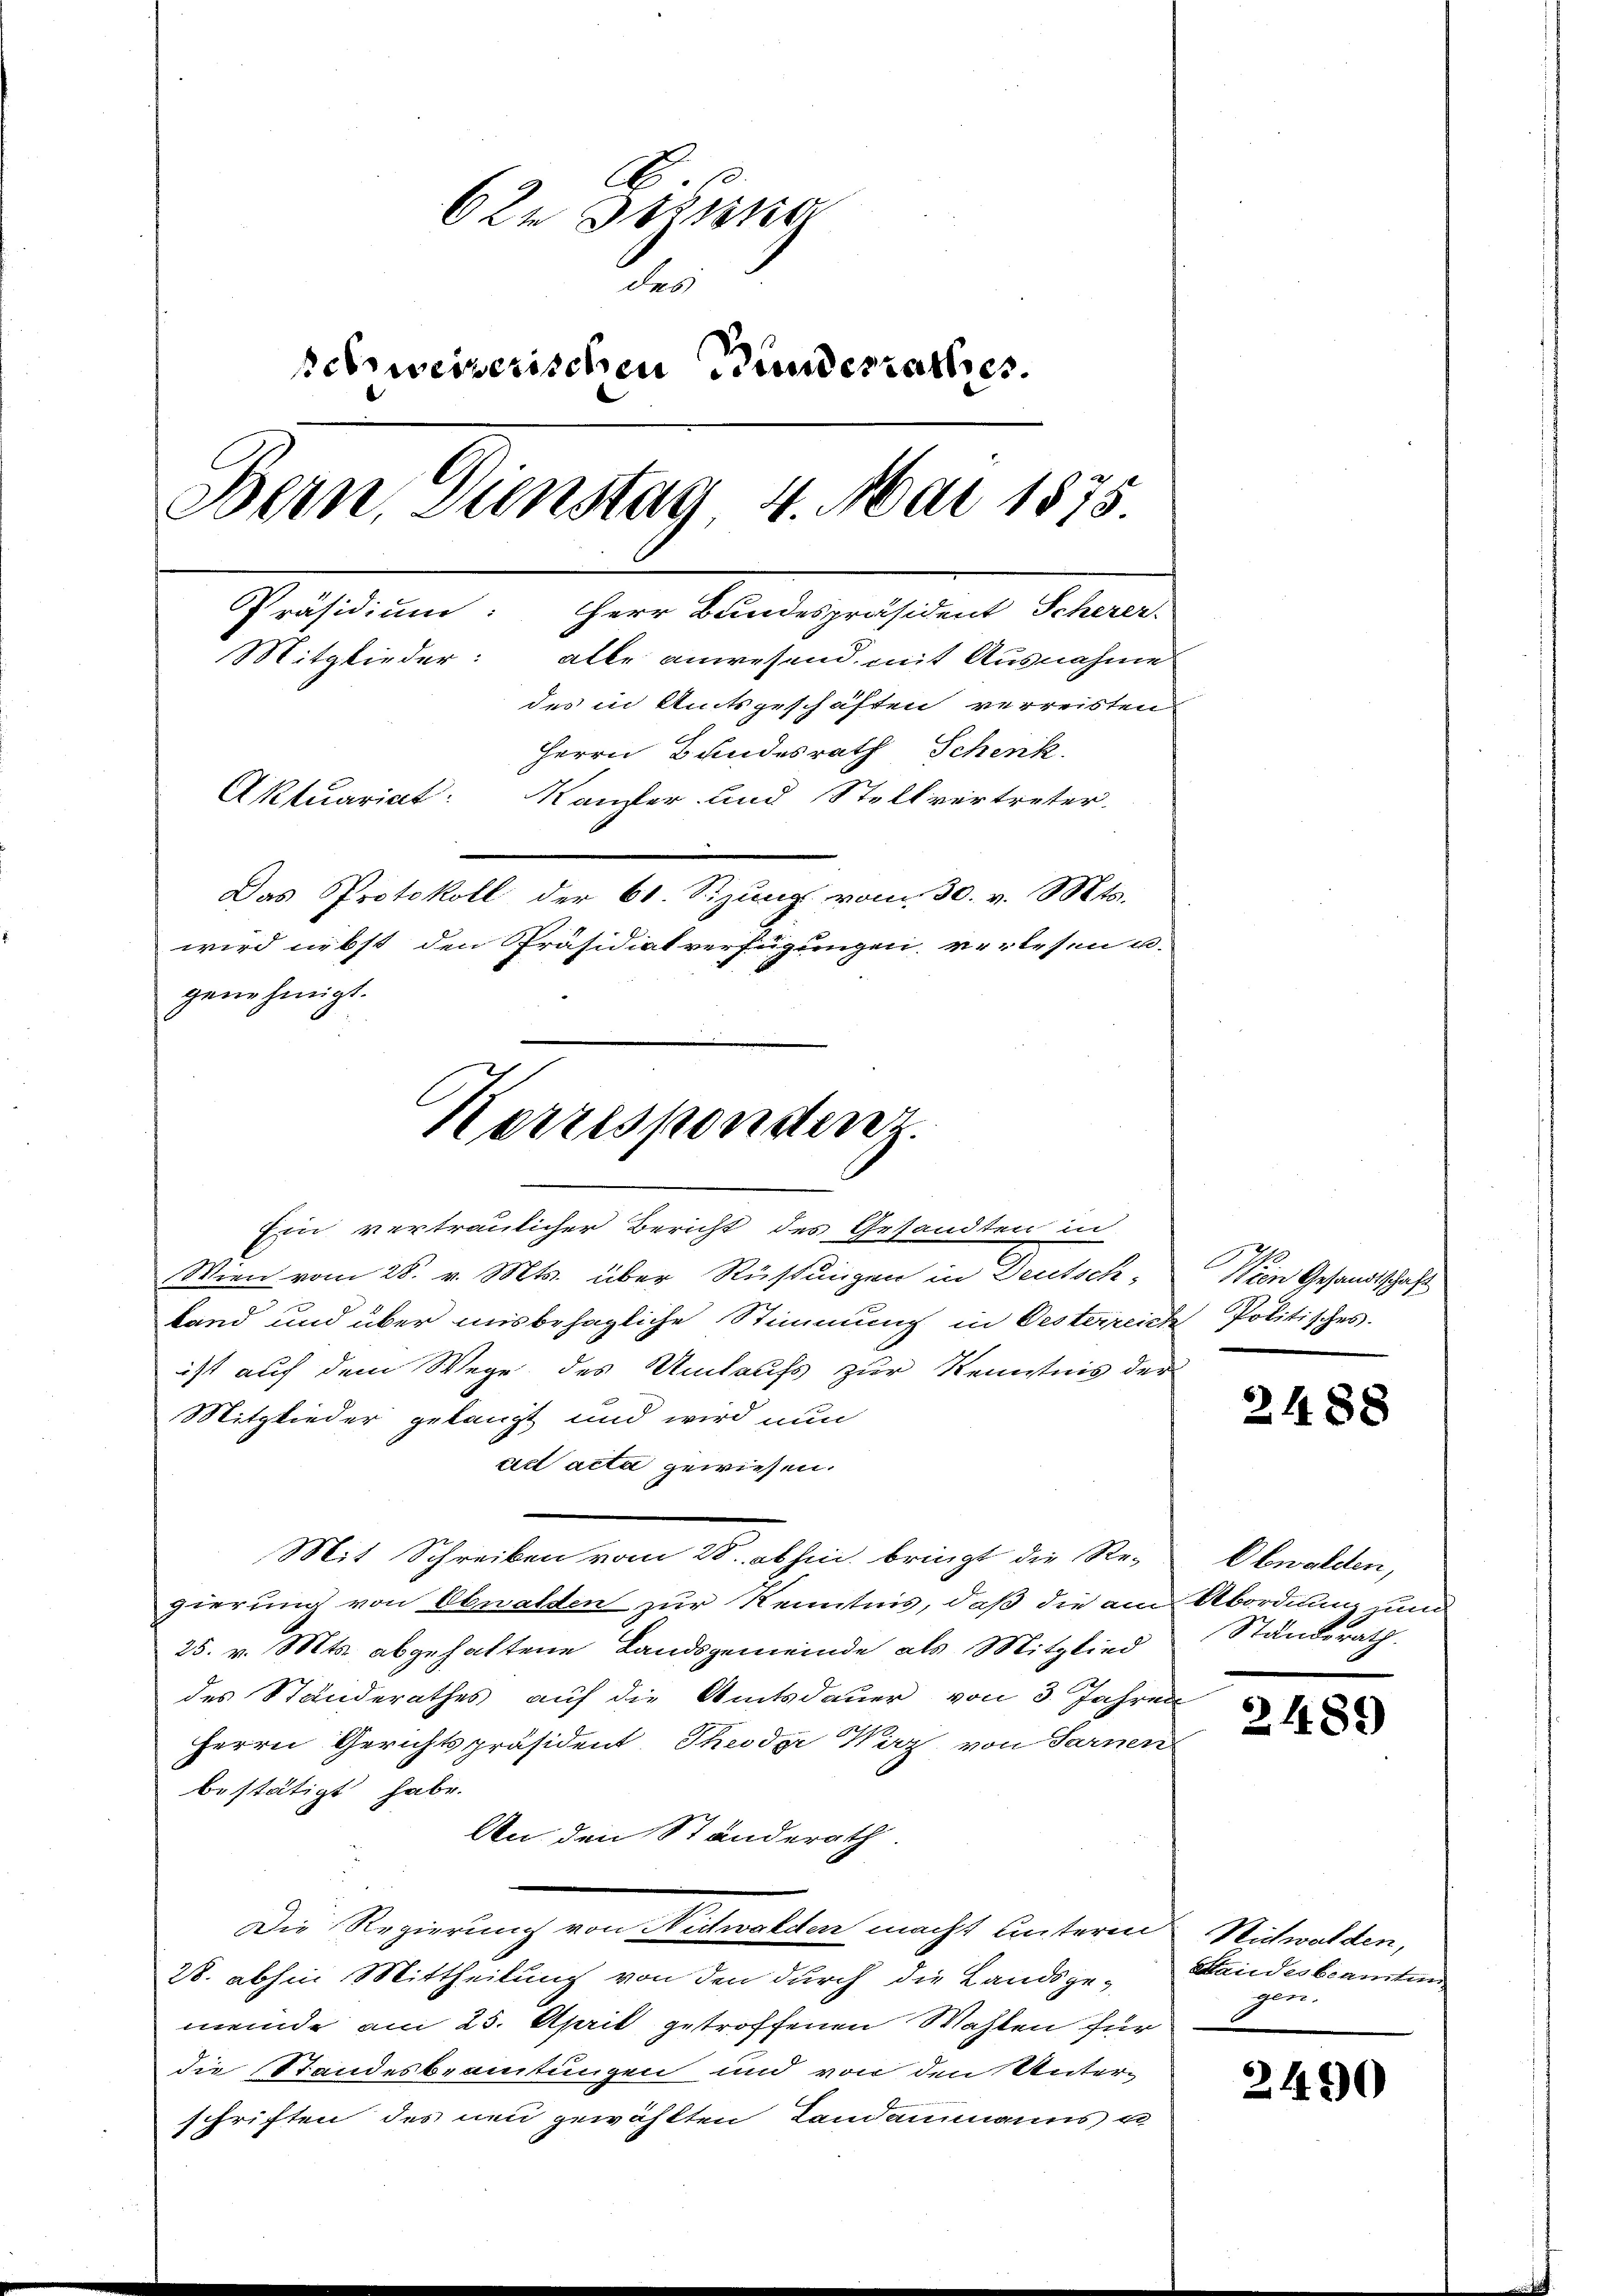
A
6 2t Jeliska
e
schweizerischen Bundesrathes.
Bern, Dienstag 4. Mai 1875
Präsidium:
Herr Bundespräsident Scherer.
Mitglieder:
alle anwesend mit Ausnahme
des in Amtsgeschäften verreisten
Herrn Bundesrath Schenk
Aktuariat
Kanzler und Stellvertreter.
Das Protokoll der 61. Sizung vom 30. v. Mts.
wird nebst den Präsidiatverfügungen verlesen u.
genehmigt.

Wien vom 28. v. Mts. über Rüstungen in Deutsch-

land und über misbehagliche Stimmung in Oesterreich Politisches.
ist auf dem Wege des Umtaufs zur Kenntnis der
Mitglieder gelangt und wird nun
art acta gewiesen.
Mit Schreiben vom 28. abhin bringt die Re-
gierung von Obwalden zur Kenntnis, daß die am Abordnung zum
25. v. Mts. abgehaltene Landsgemeinde als Mitglied
des Standerathes auf die Amtsdauer von 3 Jahren
Herrn Gerichtspräsident. Theodor Wirz, von Sarnen
bestätigt habe.
An den Ständerath.
Die Regierung von Nidwalden macht unterm Richwalden,
28. abhin Mittheilŭng von den dŭrch die Landsge- Handesbeamten
meinde am 25. April getroffenen Wahlen für
die Standesbeamtungen und von den Unterschriften des neu gewählten Landammanns un

Kerrespondenz.
Ein vertraulicher Bericht des Gesandten in

Nein Gesandtschaft

2488

Obwalden,
Standsrath.

2489

gen.

2490